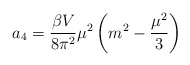
\begin{align*}a_4=\frac{\beta V}{8\pi^2}\mu^2\left(m^2-\frac{\mu^2}{3}\right)\end{align*}